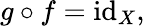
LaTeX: g\circ f=\operatorname{id}_{X},